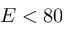
E < 8 0